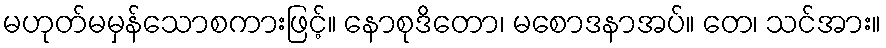
မဟုတ်မမှန်သောစကားဖြင့်။ နောစုဒိတော၊ မစောဒနာအပ်။ တေ၊ သင်အား။